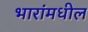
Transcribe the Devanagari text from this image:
भारांमधील